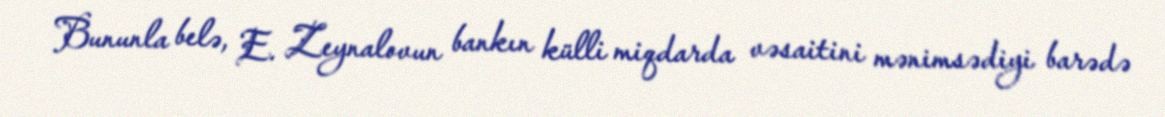
Bununla belə, E. Zeynalovun bankın külli miqdarda vəsaitini mənimsədiyi barədə